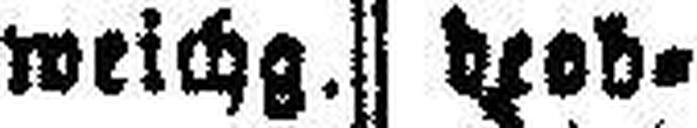
weichg